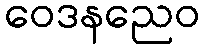
ဝေဒနညေဝ